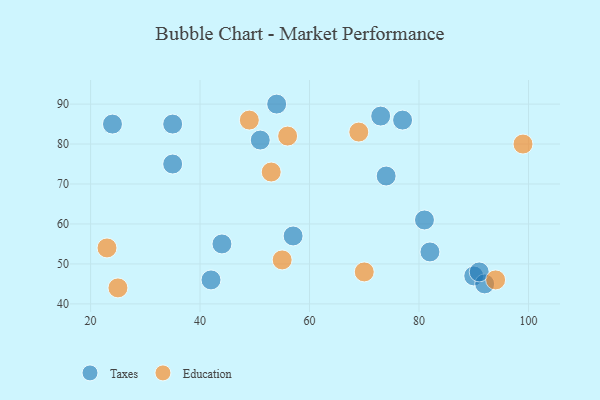
{"axis": {"x": "GDP", "y": "Life Expectancy"}, "legend": ["Education", "Taxes"], "data": [{"x": "77", "y": 86, "type": "Taxes"}, {"x": "90", "y": 47, "type": "Taxes"}, {"x": "54", "y": 90, "type": "Taxes"}, {"x": "35", "y": 75, "type": "Taxes"}, {"x": "24", "y": 85, "type": "Taxes"}, {"x": "51", "y": 81, "type": "Taxes"}, {"x": "73", "y": 87, "type": "Taxes"}, {"x": "44", "y": 55, "type": "Taxes"}, {"x": "82", "y": 53, "type": "Taxes"}, {"x": "92", "y": 45, "type": "Taxes"}, {"x": "42", "y": 46, "type": "Taxes"}, {"x": "91", "y": 48, "type": "Taxes"}, {"x": "81", "y": 61, "type": "Taxes"}, {"x": "35", "y": 85, "type": "Taxes"}, {"x": "74", "y": 72, "type": "Taxes"}, {"x": "57", "y": 57, "type": "Taxes"}, {"x": "49", "y": 86, "type": "Education"}, {"x": "99", "y": 80, "type": "Education"}, {"x": "55", "y": 51, "type": "Education"}, {"x": "56", "y": 82, "type": "Education"}, {"x": "23", "y": 54, "type": "Education"}, {"x": "94", "y": 46, "type": "Education"}, {"x": "25", "y": 44, "type": "Education"}, {"x": "53", "y": 73, "type": "Education"}, {"x": "70", "y": 48, "type": "Education"}, {"x": "69", "y": 83, "type": "Education"}]}